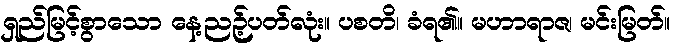
ရှည်မြင့်စွာသော နေ့ညဉ့်ပတ်လုံး။ ပစတိ၊ ခံရ၏။ မဟာရာဇ၊ မင်းမြတ်။